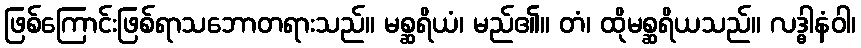
ဖြစ်ကြောင်းဖြစ်ရာသဘောတရားသည်။ မစ္ဆရိယံ၊ မည်၏။ တံ၊ ထိုမစ္ဆရိယသည်။ လဒ္ဓါနံဝါ၊